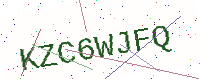
Text: KZC6WJFQ